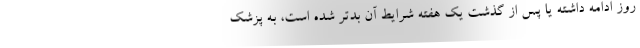
روز ادامه داشته یا پس از گذشت یک هفته شرایط آن بدتر شده است، به پزشک